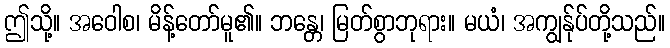
ဤသို့။ အဝေါစ၊ မိန့်တော်မူ၏။ ဘန္တေ၊ မြတ်စွာဘုရား။ မယံ၊ အကျွန်ုပ်တို့သည်။